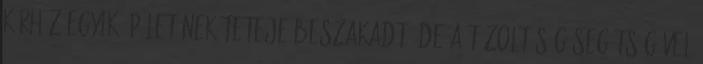
kórház egyik épületének teteje beszakadt, de a tűzoltóság segítségével